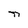
Character: n